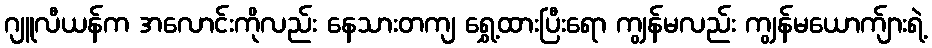
ဂျူလီယန်က အလောင်းကိုလည်း နေသားတကျ ရွှေ့ထားပြီးရော ကျွန်မလည်း ကျွန်မယောက်ျားရဲ့